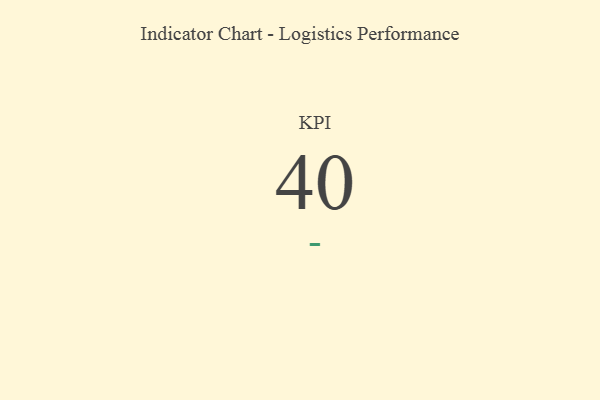
{"axis": {"x": "KPI", "y": "Value"}, "legend": [""], "data": [{"x": "KPI", "y": 40, "type": ""}]}